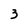
Character: 3